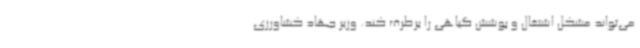
می‌تواند مشکل اشتغال و پوشش گیاهی را برطرف کند. وزیر جهاد کشاورزی